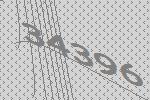
34396